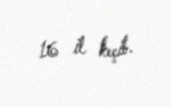
16 il keçib.